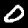
Digit: 0